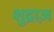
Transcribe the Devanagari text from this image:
शुद्राज़